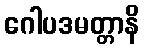
ဂေါပဒမတ္တာနိ